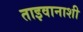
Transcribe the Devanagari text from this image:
ताइवानाशी